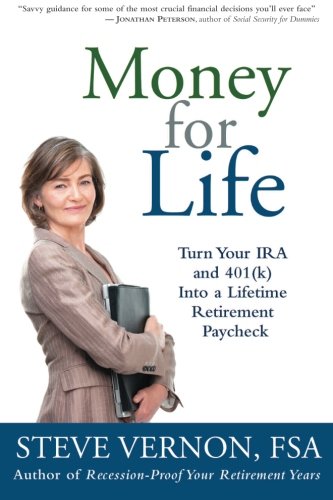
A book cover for Money for Life: Turn Your IRA and 401(k) Into a Lifetime Retirement Paycheck; Steve Vernon; Business & Money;